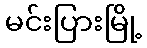
မင်းပြားမြို့